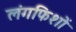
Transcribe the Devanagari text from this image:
लंगफिशों